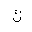
Letter: _kaf